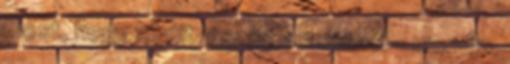
most, hogy kibújt a szög a zsákból – mondja,